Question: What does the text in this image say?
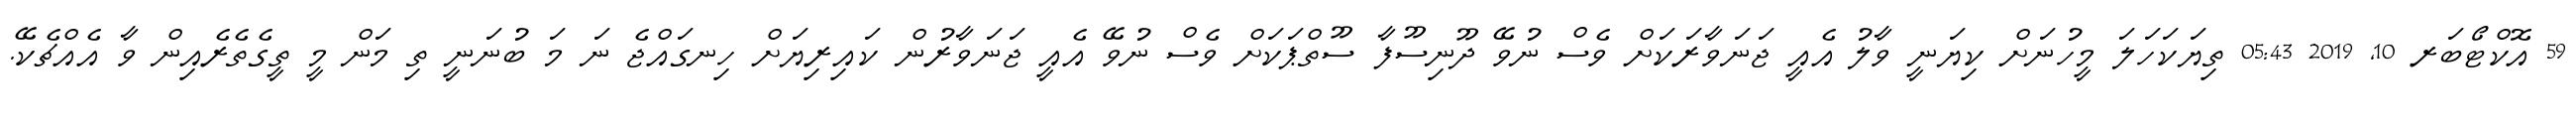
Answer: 59 އޮކްޓޯބަރ 10, 2019 05:43 ތިޔަކަހަލަ މީހުނަށް ކިޔަނީ ވާލު އެއީ ޖަނަވާރަކަށް ވެސް ނުވޭ ދޫނިސޫފާ ސޫތްޕަކަށް ވެސް ނުވޭ އެއީ ޖަނަވާރުން ކައިރިޔަށް ހިނގައްޖެ ނަ މަ ބުނަނީ ތި މަން މީ ތީގެތެރެއިން ވާ އެއްޗެކޭ.